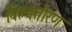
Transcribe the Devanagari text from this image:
बिल्वतोरण